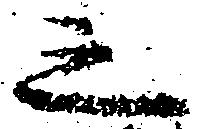
之